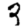
Digit: 3